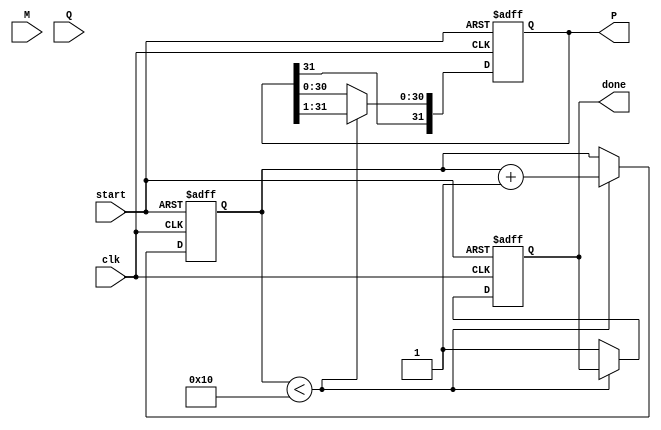
module modified_booth_multiplier (
    input signed [15:0] M, // Multiplicand
    input signed [15:0] Q, // Multiplier
    input clk,             // Clock signal
    input start,           // Start signal for multiplication
    output reg signed [31:0] P, // Product
    output reg done        // Done signal
);

    reg [16:0] Q_ext;      // Extended multiplier
    reg [15:0] M_neg;      // Negative of the multiplicand
    reg [4:0] count;       // Counter for iterations
    reg [1:0] control;     // Control signal for Booth encoding

    // Initialize product and negative multiplicand
    always @(posedge clk or posedge start) begin
        if (start) begin
            P <= 0;
            Q_ext <= {1'b0, Q}; // Extend Q with an additional bit
            M_neg <= -M;        // Calculate negative multiplicand
            count <= 0;         // Reset counter
            done <= 0;          // Reset done signal
        end else if (count < 16) begin
            // Booth encoding logic
            case (Q_ext[1:0])
                2'b00: control <= 2'b00; // No operation
                2'b01: control <= 2'b01; // Add M
                2'b10: control <= 2'b10; // Subtract M
                2'b11: control <= 2'b00; // No operation
            endcase

            // Generate partial product based on control signals
            case (control)
                2'b01: P <= P + M;       // Add multiplicand
                2'b10: P <= P + M_neg;   // Subtract multiplicand
                default: P <= P;         // No operation
            endcase

            // Arithmetic right shift of the product
            P <= P >>> 1; // Arithmetic right shift

            // Shift Q_ext for the next iteration
            Q_ext <= {Q_ext[16], Q_ext[16:1]}; // Shift Q_ext right

            // Increment the count
            count <= count + 1;
        end else begin
            done <= 1; // Set done signal when finished
        end
    end
endmodule